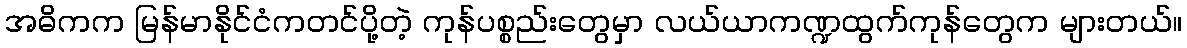
အဓိကက မြန်မာနိုင်ငံကတင်ပို့တဲ့ ကုန်ပစ္စည်းတွေမှာ လယ်ယာကဏ္ဍထွက်ကုန်တွေက များတယ်။